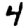
Digit: 4